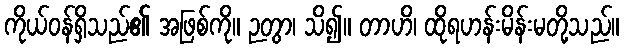
ကိုယ်ဝန်ရှိသည်၏ အဖြစ်ကို။ ဉတွာ၊ သိ၍။ တာဟိ၊ ထိုရဟန်းမိန်းမတို့သည်။